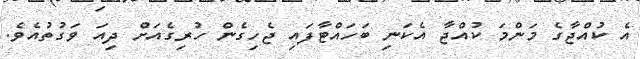
އެ ކުއްޖާގެ މަންމަ ކުއްޖާ އެކަނި ބަހައްޓާފައި ޖެހިގެން ހުރިގެއަށް ދިއަ ވަގުތުއެވެ.